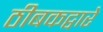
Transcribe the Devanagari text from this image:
ठीबकद्वारे